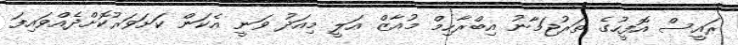
ރައީސް އޮފީހުގެ ތަރުޖަމާނު އިބްރާހިމް މުއާޒް އަލީ މިއަދު ވަނީ އެކަން ކަށަވަރުކޮށްދެއްވައިފަ